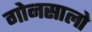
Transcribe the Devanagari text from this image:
गोनसालो